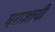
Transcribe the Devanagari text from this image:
घराशायी